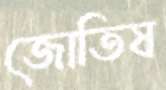
জোতিষ